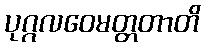
ပုဂ္ဂလဝေမတ္တတာတိ